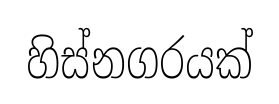
හිස්නගරයක්